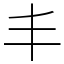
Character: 丰